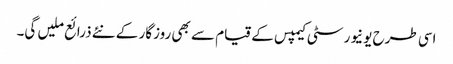
اسی طرح یونیورسٹی کیمپس کے قیام سے بھی روزگار کے نئے ذرائع ملیں گی۔